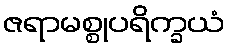
ဇရာမစ္စုပရိက္ခယံ